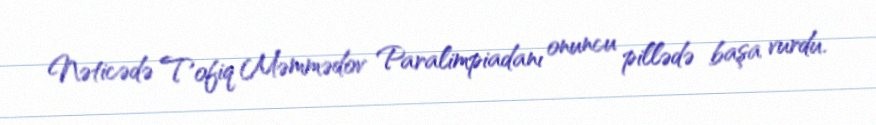
Nəticədə Tofiq Məmmədov Paralimpiadanı onuncu pillədə başa vurdu.